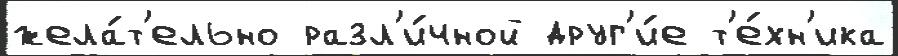
жела́т'ельно разл'и́чной друг'и́е т'е́хн'ика